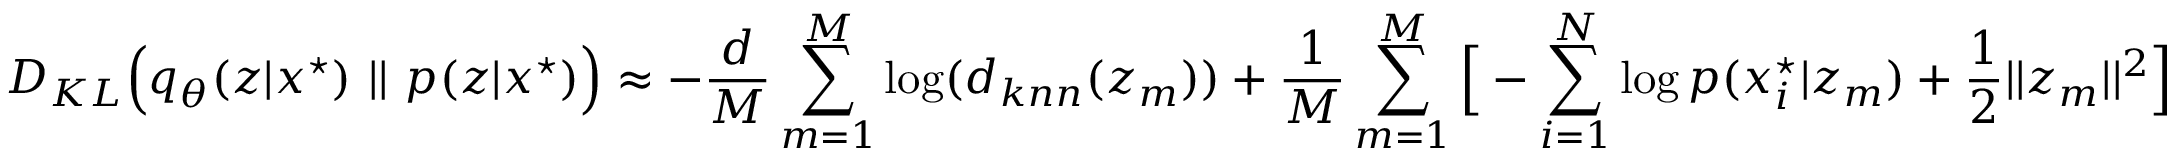
D _ { K L } \Big ( q _ { \theta } ( z | x ^ { \star } ) \ | | \ p ( z | x ^ { \star } ) \Big ) \approx - \frac { d } { M } \sum _ { m = 1 } ^ { M } \log ( d _ { k n n } ( z _ { m } ) ) + \frac { 1 } { M } \sum _ { m = 1 } ^ { M } \Big [ - \sum _ { i = 1 } ^ { N } \log p ( x _ { i } ^ { \star } | z _ { m } ) + \frac { 1 } { 2 } | | z _ { m } | | ^ { 2 } \Big ]